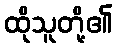
ထိုသူတို့၏